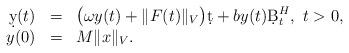
LaTeX: \begin{align*}\begin{array}{rcl}\d y(t)&=&\big(\omega y(t) + \|F(t)\|_V\big)\d t + b y(t)\d B^H_t,\ t>0,\\y(0)&=&M\|x\|_V.\end{array}\end{align*}